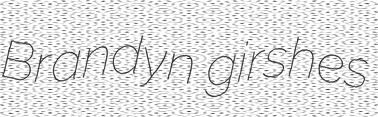
Brandyn girshes